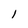
Character: 1